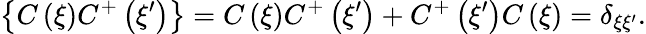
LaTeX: \left\{ C\left(\xi\right)C^{+}\left(\xi^{\prime}\right)\right\} =C\left(\xi\right)C^{+}\left(\xi^{\prime}\right)+C^{+}\left(\xi^{\prime}\right)C\left(\xi\right)=\delta_{\xi\xi^{\prime}}.